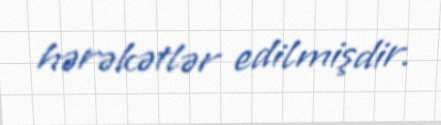
hərəkətlər edilmişdir.